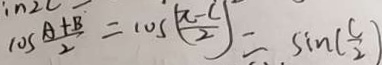
1 0 s \frac { A + B } { 2 } = 1 0 s ( \frac { \pi - C } { 2 } ) = \sin ( \frac { c } { 2 } )